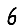
Digit: 6